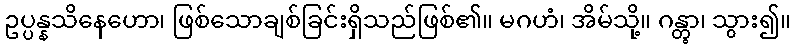
ဥပ္ပန္နသိနေဟော၊ ဖြစ်သောချစ်ခြင်းရှိသည်ဖြစ်၏။ မဂဟံ၊ အိမ်သို့။ ဂန္တွာ၊ သွား၍။